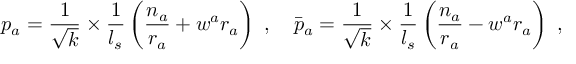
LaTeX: p _ { a } = \frac { 1 } { \sqrt { k } } \times \frac { 1 } { l _ { s } } \left( \frac { n _ { a } } { r _ { a } } + w ^ { a } r _ { a } \right) ~ , ~ ~ ~ \bar { p } _ { a } = \frac { 1 } { \sqrt { k } } \times \frac { 1 } { l _ { s } } \left( \frac { n _ { a } } { r _ { a } } - w ^ { a } r _ { a } \right) ~ ,